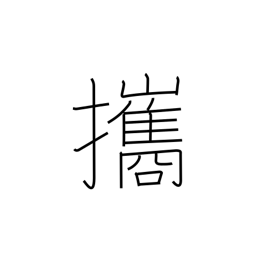
Meaning: bring along